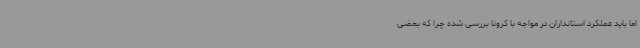
اما باید عملکرد استانداران در مواجه با کرونا بررسی شده چرا که بعضی